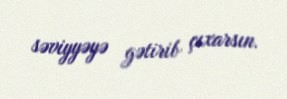
səviyyəyə gətirib çıxarsın.